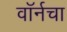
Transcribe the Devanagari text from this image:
वॉर्नचा